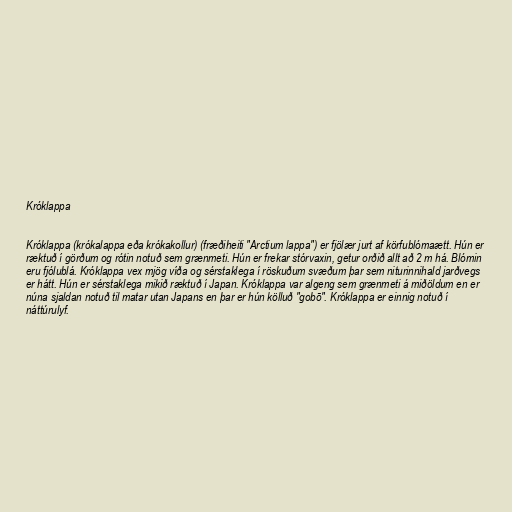
Króklappa

Króklappa (krókalappa eða krókakollur) (fræðiheiti "Arctium lappa") er fjölær jurt af körfublómaætt. Hún er
ræktuð í görðum og rótin notuð sem grænmeti. Hún er frekar stórvaxin, getur orðið allt að 2 m há. Blómin
eru fjólublá. Króklappa vex mjög víða og sérstaklega í röskuðum svæðum þar sem niturinnihald jarðvegs
er hátt. Hún er sérstaklega mikið ræktuð í Japan. Króklappa var algeng sem grænmeti á miðöldum en er
núna sjaldan notuð til matar utan Japans en þar er hún kölluð "gobō". Króklappa er einnig notuð í
náttúrulyf.